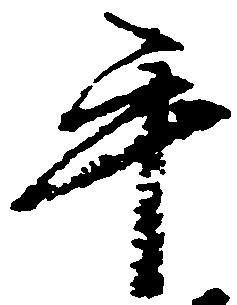
手